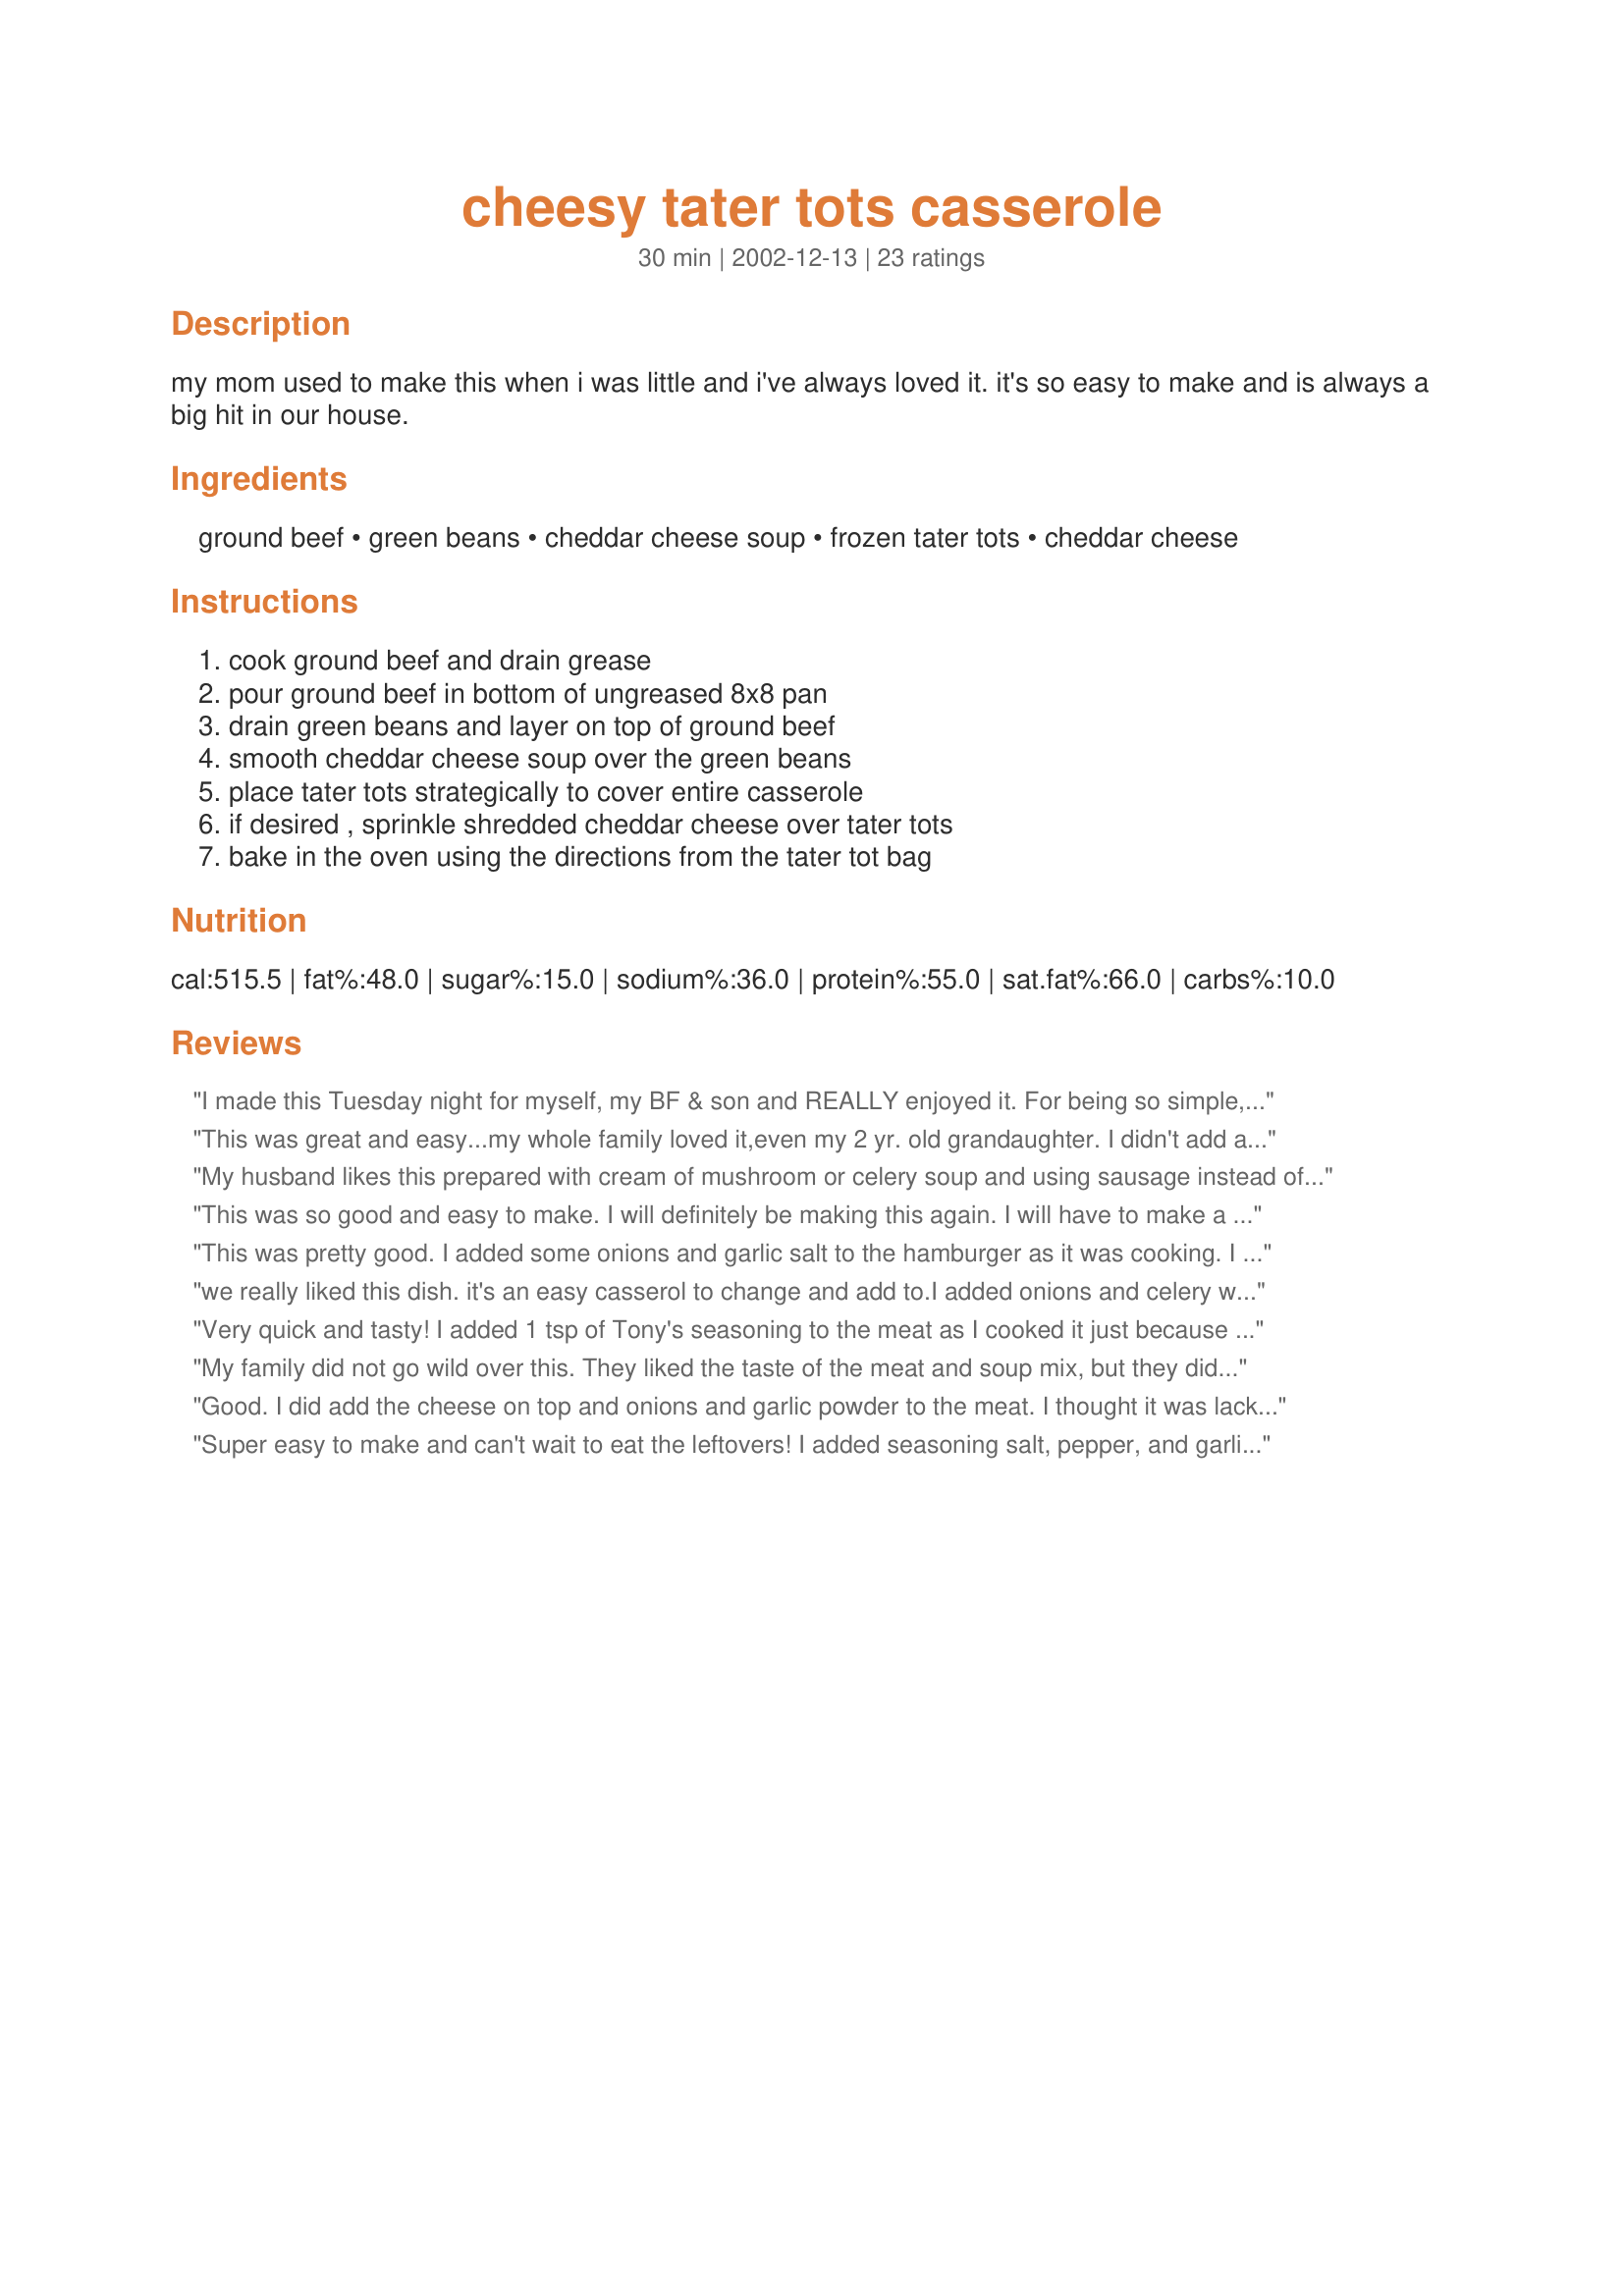
cheesy tater tots casserole
Preparation time: 30 minutes

my mom used to make this when i was little and i've always loved it. it's so easy to make and is always a big hit in our house.

Ingredients:
ground beef, green beans, cheddar cheese soup, frozen tater tots, cheddar cheese

Steps:
cook ground beef and drain grease, pour ground beef in bottom of ungreased 8x8 pan, drain green beans and layer on top of ground beef, smooth cheddar cheese soup over the green beans, place tater tots strategically to cover entire casserole, if desired , sprinkle shredded cheddar cheese over tater tots, bake in the oven using the directions from the tater tot bag

Reviews:
I made this Tuesday night for myself, my BF & son and REALLY enjoyed it. For being so simple, it had alot of flavor! 4 stars for taste but 5 for simplicity. BF & son gave it 5 for taste though. Thanks for sharing:)
This was great and easy...my whole family loved it,even my 2 yr. old grandaughter. I didn't add a thing...it was wonderful just the way it was.
My husband likes this prepared with cream of mushroom or celery soup and using sausage instead of the hamburger. I usually do not add the shredded cheese. We don't have this often, but it is easy, comfort food for cold winter nights.
This was so good and easy to make. I will definitely be making this again. I will have to make a bigger batch next time because they cleaned the pan out.
This was pretty good. I added some onions and garlic salt to the hamburger as it was cooking. I also used cream of mushroom soup instead of the chedder cheese soup cause I didn't have any on hand. I cooked it to the directions on the package but could have cooked it probably 5-10 minutes longer.
we really liked this dish. it's an easy casserol to change and add to.I added onions and celery when cooking groung beef. stirred 2 cans of soup into drained beef.1 cream of celery and 1 cream of chicken because thats what was in the cupboard.poured into 9 x 13. sprinkled with shredded cheese added green beans, topped with tater tots. this going in our favorites file. next time I might try with peas instead of green beans.
Very quick and tasty! I added 1 tsp of Tony's seasoning to the meat as I cooked it just because I like the taste. I highly recommend this recipe! Thanks!
My family did not go wild over this. They liked the taste of the meat and soup mix, but they did not like the tots on top. I may change to just potatoes on top instead.
Good. I did add the cheese on top and onions and garlic powder to the meat. I thought it was lacking some zip to it. My son enjoyed it enough to have 2 helpings he didn't even complain about the green beans! I will make this again and try to add some other things - I'll let you all know how it goes.
Super easy to make and can't wait to eat the leftovers! I added seasoning salt, pepper, and garlic powder to ground turkey instead of how the recipe went. Very tasty!
This casserole was so easy to make, and a huge hit with the adults and kids alike. It's a good way to get them to eat their green beans, too! I found it a tad salty, probably because of the soup, but otherwise very yummy!
I usually don't like tator tot casseroles, but this was pretty good & my husband loved it. I used some Mrs Dash seasoning to the hamburger, otherwise I didn't change the recipe. Will make again.
Easy, fast, had all the ingredients on hand! I added a little seasoning salt to the meat while it was being browned and a shake or two of onion powder. Added the cheese to the top as suggested, this really added extra flavor to the dish. Kids liked this, as did the adults. Seems to be appealing to many pallets. Nice comforting casserole. THANKS MELLY2 for sharing this recipe!:-)
Very good I substituted veggie crumbles for the beef and it turned out great!
Easy and yummy. I just added approx. 1/4 c. chopped onion and 1/2 garlic clove to the ground beef and made it with frozen (cooked) green beans. Thanks for a keeper...it's already in my recipe book!
this was good i made it for supper tonight but I think next time i will add garlic and onion for more flavor
I tried this and it is excellent. I reviewed the other individual's review and tried salt free green beans instead and found it very tasty.
Highly recommend and easy to prepare.
My kids loved it (5,3,and 1yo), my husband loved it, just a little different then what we're used to from a green bean tator tot casserole and its for the better. Alot of flavor, the 8 x 8 was GONE. Had to come back for the recipe again tonight and making a 9x13 this time. Not changing anything about the recipe, it was great!
I have never made this with cheddar cheese soup before... I am going to make it next week and post on it then!!! Great idea! I love it with cream of mushroom and green beans.. so I know I will love it with Cheddar Cheese soup cause I love it!!!
This was a bit hit with my family. I felt it was a little bland, but it was just the comfort food we all needed. I used half a 32-oz. pkg. of potatoes, and I did add the cheese on top. It was very easy.
Very good! Great comfort food on a cold night. My family of three cleaned up the whole pan....and I even forgot to add the cheese on top!
I'm just starting cooking and this looked nice and easy. It is.. but would be better for kids. I did double it and put it in a 9"x13" pan and that worked fine. It's a little bland.
My family normally hates tater tot casserole but this was a huge hit. I did not have any green beans in the house so we left them out. It still was the best tot casserole we have ever had! The cheddar cheese soup is the best ingredient to use! Thanks for the recipe!!
